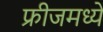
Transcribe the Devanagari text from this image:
फ्रीजमध्ये